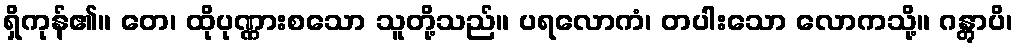
ရှိကုန်၏။ တေ၊ ထိုပုဏ္ဏားစသော သူတို့သည်။ ပရလောကံ၊ တပါးသော လောကသို့။ ဂန္တွာပိ၊